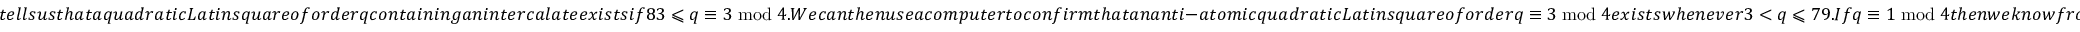
t e l l s u s t h a t a q u a d r a t i c L a t i n s q u a r e o f o r d e r q c o n t a i n i n g a n i n t e r c a l a t e e x i s t s i f 8 3 \leqslant q \equiv 3 \bmod 4 . W e c a n t h e n u s e a c o m p u t e r t o c o n f i r m t h a t a n a n t i - a t o m i c q u a d r a t i c L a t i n s q u a r e o f o r d e r q \equiv 3 \bmod 4 e x i s t s w h e n e v e r 3 < q \leqslant 7 9 . I f q \equiv 1 \bmod 4 t h e n w e k n o w f r o m T h e o r e m